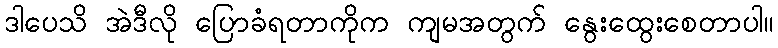
ဒါပေသိ အဲဒီလို ပြောခံရတာကိုက ကျမအတွက် နွေးထွေးစေတာပါ။